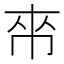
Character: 𫷃